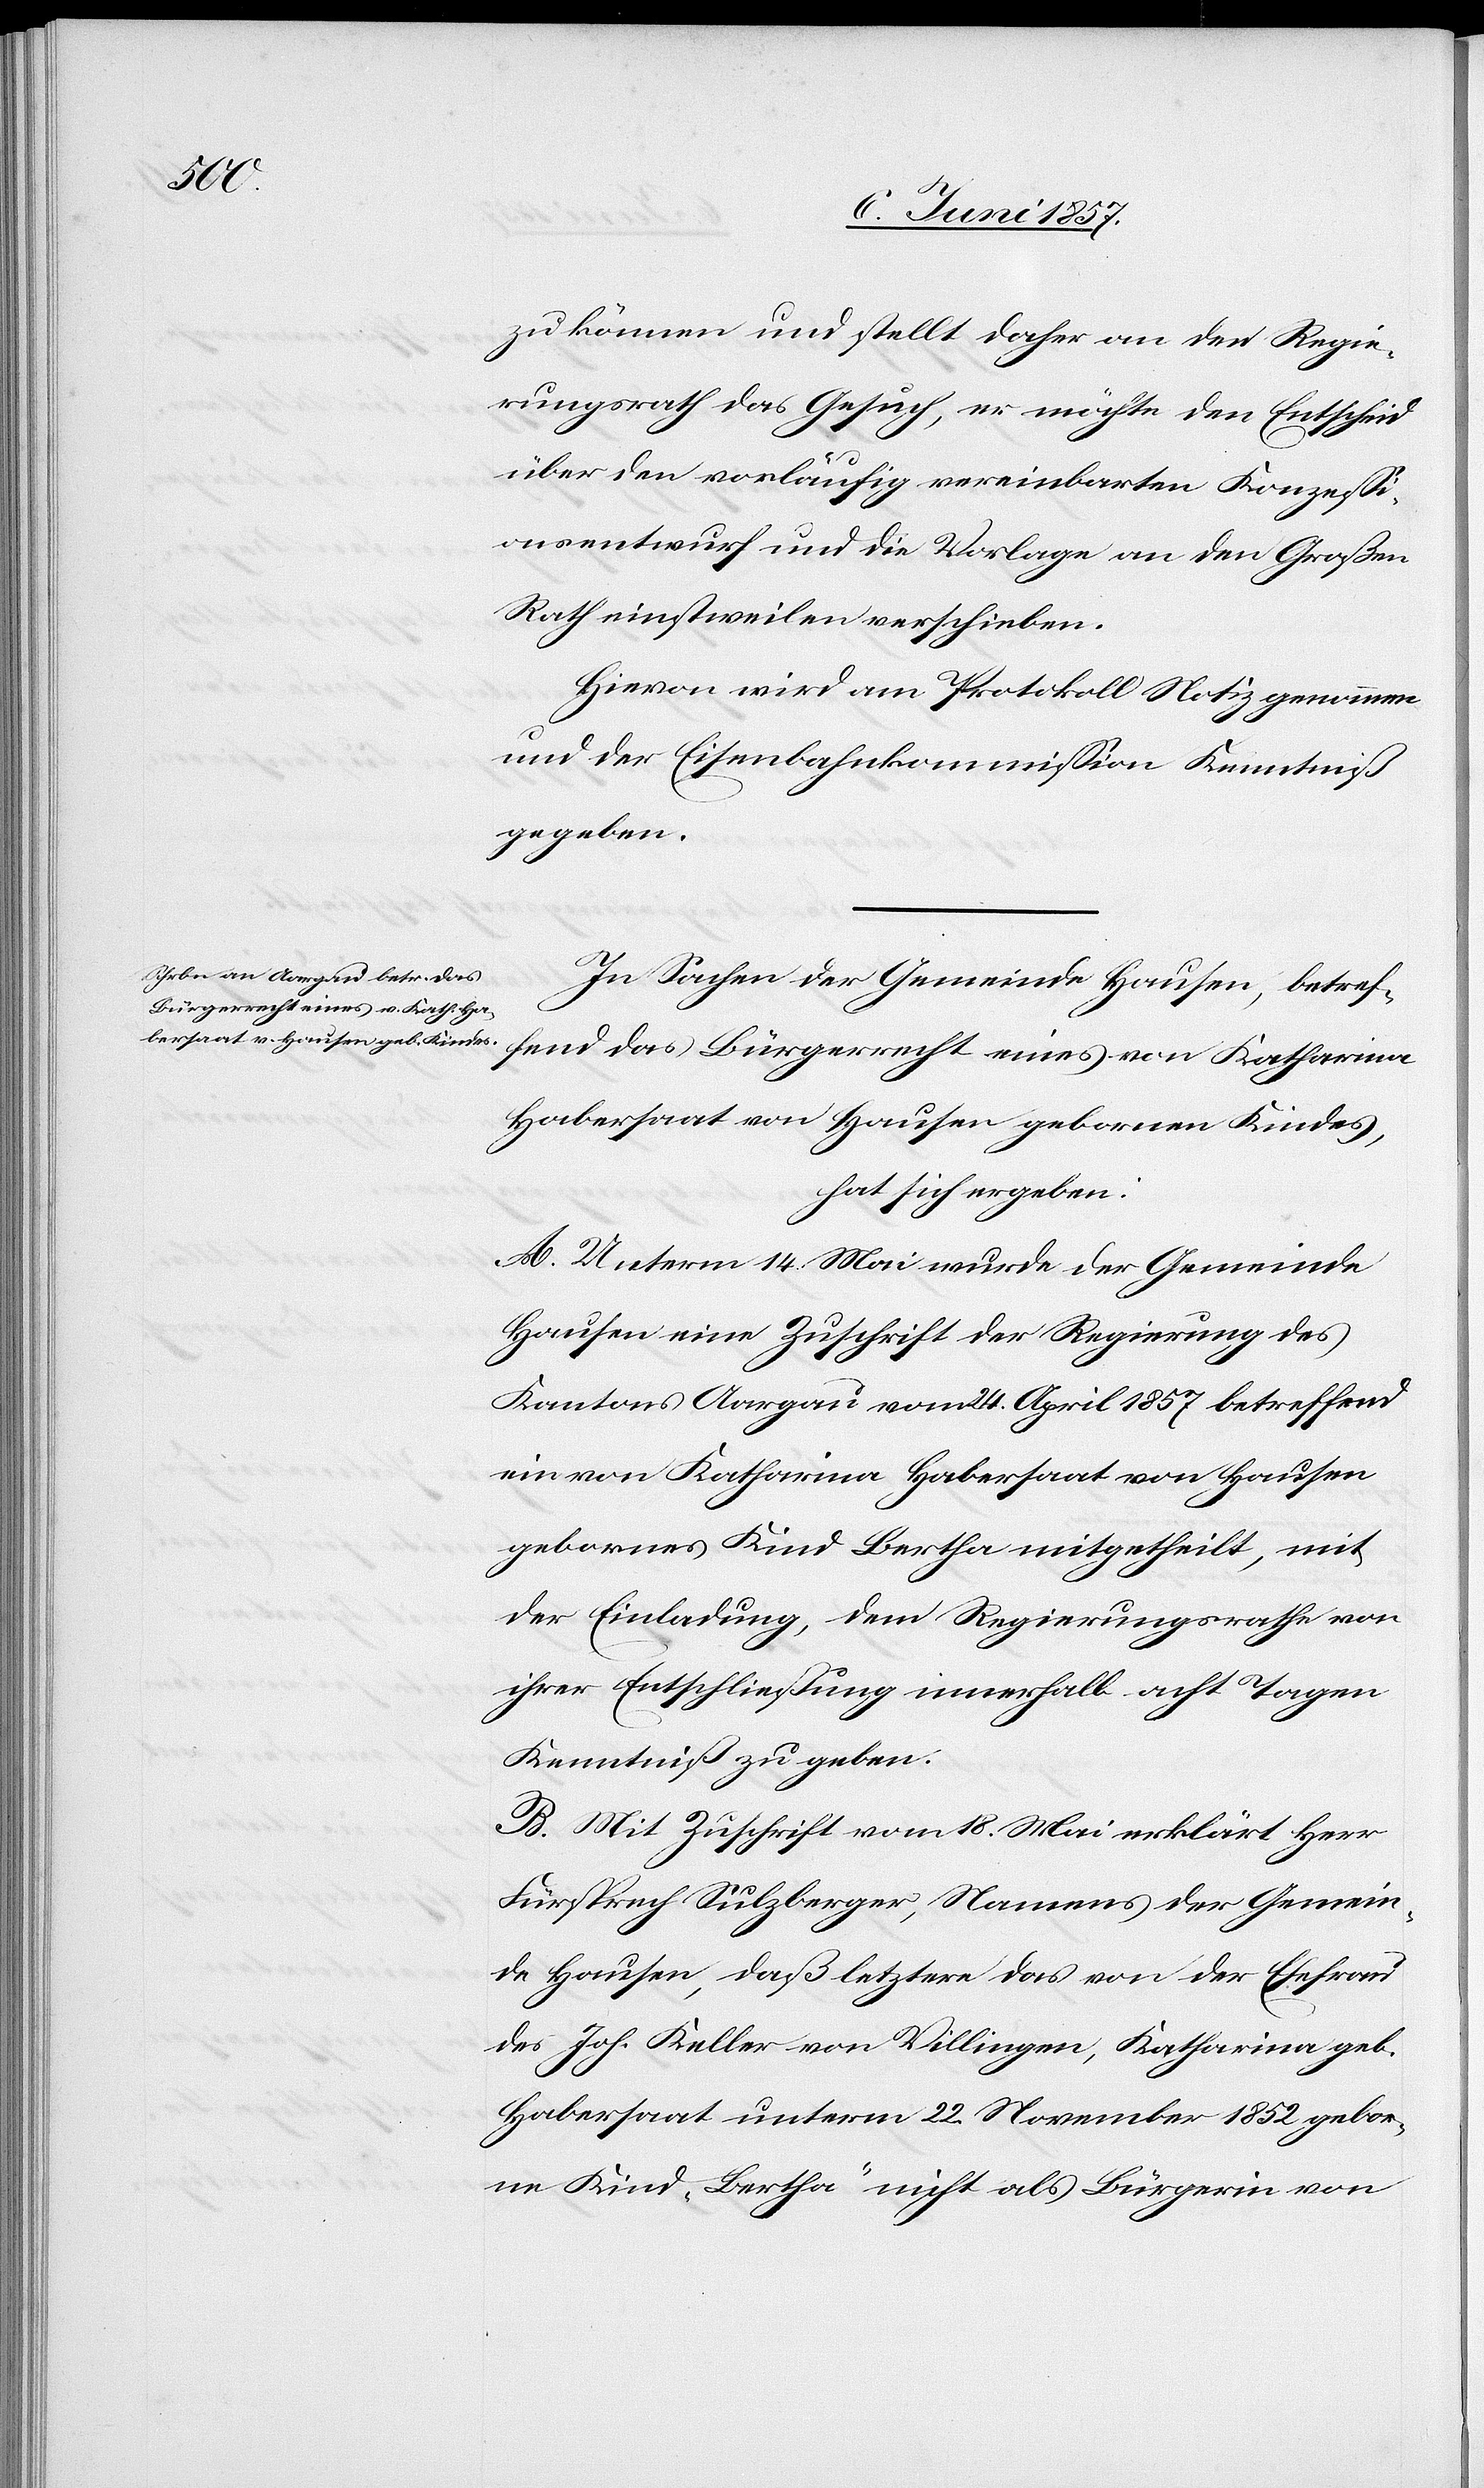
zu können und stellt daher an den Regie¬
rungsrath das Gesuch, er möchte den Entscheid
über den vorläufig vereinbarten Konzessi¬
onsentwurf und die Vorlage an den Großen
Rath einstweilen verschieben.
Hievon wird am Protokoll Notiz genommen
und der Eisenbahnkommission Kenntniß
gegeben.
In Sachen der Gemeinde Hausen, betref¬
fend das Bürgerrecht eines von Katharina
Habersaat von Hausen gebornen Kindes,
hat sich ergeben:
A. Unterm 14 Mai wurde der Gemeinde
Hausen eine Zuschrift der Regierung des
Kantons Aargau vom 24 April 1857 betreffend
ein von Katharina Habersaat von Hausen
gebornes Kind Bertha mitgetheilt, mit
der Einladung, dem Regierungsrathe von
ihrer Entschließung innerhalb acht Tagen
Kenntniß zu geben.
B. Mit Zuschrift vom 18 Mai erklärt Herr
Fürsprech Sulzberger, Namens der Gemein¬
de Hausen, daß letztere das von der Ehefrau
des Joh. Keller von Villingen, Katharina geb.
Habersaat unterm 22 November 1852 gebor¬
ne Kind „Bertha“ nicht als Bürgerin von